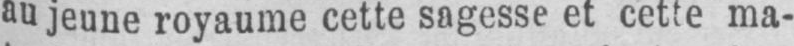
au jeune royaume cette sagesse et cette ma-